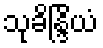
သုခိန္ဒြိယံ